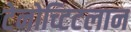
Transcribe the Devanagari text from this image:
टेनोच्टिटलान